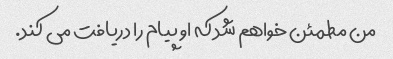
من مطمئن خواهم شد که او پیام را دریافت می کند.